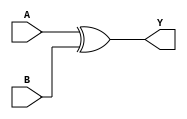
module xor_gate (
    input A, B,
    output Y
);

assign Y = A ^ B;

endmodule